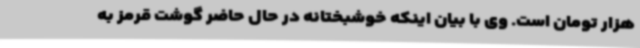
هزار تومان است. وی با بیان اینکه خوشبختانه در حال حاضر گوشت قرمز به